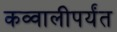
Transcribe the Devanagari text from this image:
कव्वालीपर्यंत